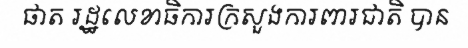
ផាត រដ្ឋលេខាធិការក្រសួងការពារជាតិ បាន